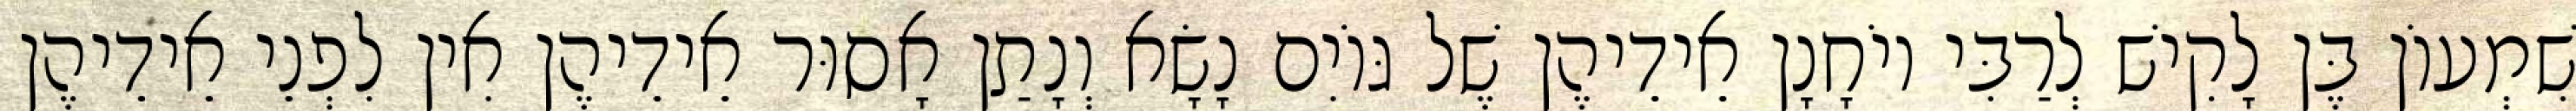
שִׁמְעוֹן בֶּן לָקִישׁ לְרַבִּי יוֹחָנָן אֵידֵיהֶן שֶׁל גּוֹיִם נָשָׂא וְנָתַן אָסוּר אֵידֵיהֶן אִין לִפְנֵי אֵידֵיהֶן